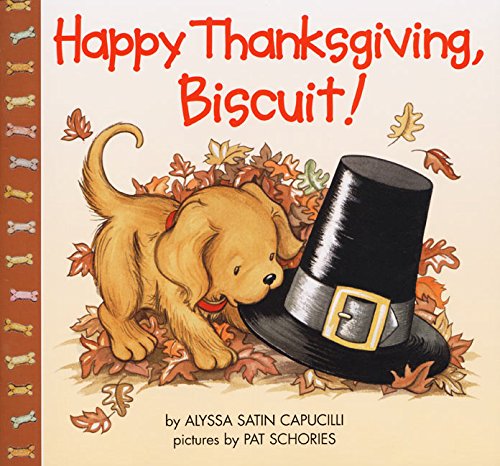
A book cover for Happy Thanksgiving, Biscuit!; Alyssa Satin Capucilli; Children's Books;